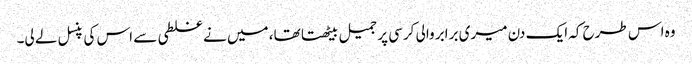
وہ اس طرح کہ ایک دن میری برابر والی کرسی پر جمیل بیٹھتا تھا، میں نے غلطی سے اس کی پنسل لے لی۔